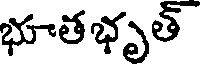
భూతభృత్